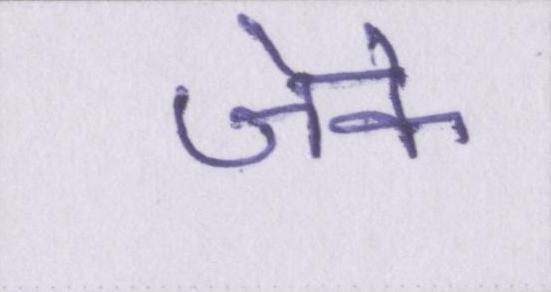
जेके